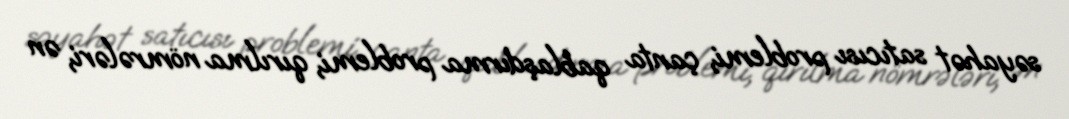
səyahət satıcısı problemi, çanta qablaşdırma problemi, qırılma nömrələri, ən